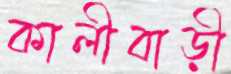
কালীবাড়ী